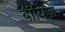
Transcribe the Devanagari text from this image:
बॉयिज़